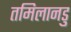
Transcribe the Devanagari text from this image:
तमिलानडु